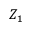
Z _ { 1 }